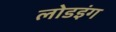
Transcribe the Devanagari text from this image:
लोडइंग